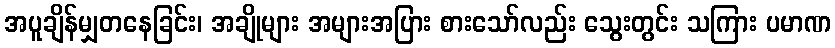
အပူချိန်မျှတနေခြင်း၊ အချိုများ အများအပြား စားသော်လည်း သွေးတွင်း သကြား ပမာဏ